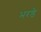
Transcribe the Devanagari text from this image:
भरडे